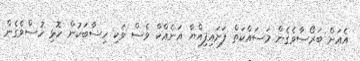
އެއަށް ބަރޯސާވެގެން މަސައްކަތް ފަށައިފިއްޔާ އަނެއްކާ ވެސް ވަކި ހިސާބަކުން ހޮޅި ހުސްވެގެން